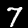
Digit: 7